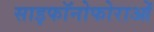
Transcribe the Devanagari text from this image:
साइफॉनोफोराओं